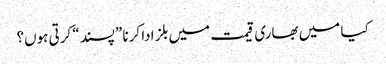
کیا میں بھاری قیمت میں بلز ادا کرنا ”پسند“ کرتی ہوں؟